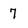
Character: 7